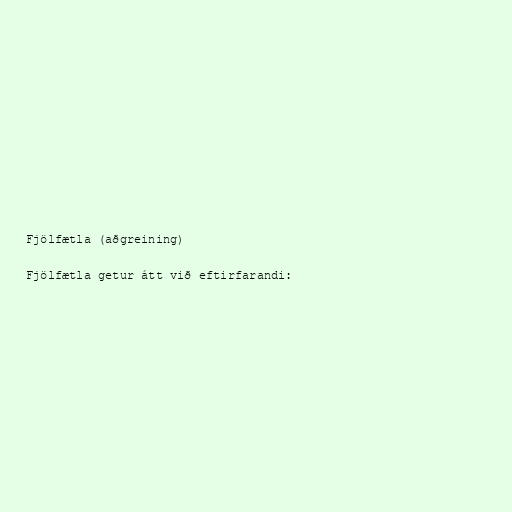
Fjölfætla (aðgreining)

Fjölfætla getur átt við eftirfarandi: